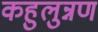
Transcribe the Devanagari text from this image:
कहुलुन्नण